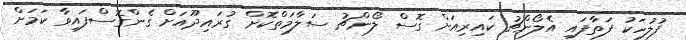
ފުލުހަކު ފަތާފައި އެލޯންޗު ކައިރިއަށް ގޮސް ލޯންޗު ސަލާމަތްކޮށް ގުރައިދޫއަށް ގެންގޮސްފައިވާ ކަމަށް